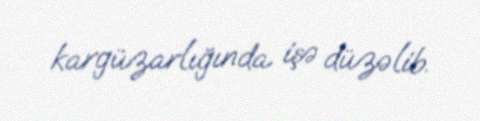
kargüzarlığında işə düzəlib.